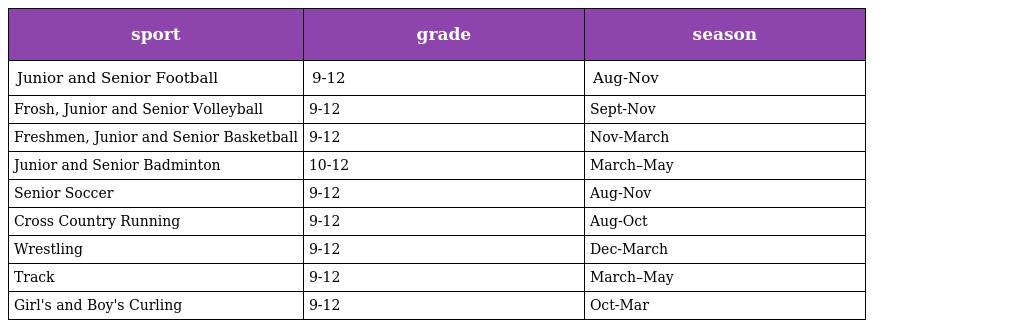
| sport | grade | season |
 | --- | --- | --- |
 | Junior and Senior Football | 9-12 | Aug-Nov |
 | Frosh, Junior and Senior Volleyball | 9-12 | Sept-Nov |
 | Freshmen, Junior and Senior Basketball | 9-12 | Nov-March |
 | Junior and Senior Badminton | 10-12 | March–May |
 | Senior Soccer | 9-12 | Aug-Nov |
 | Cross Country Running | 9-12 | Aug-Oct |
 | Wrestling | 9-12 | Dec-March |
 | Track | 9-12 | March–May |
 | Girl's and Boy's Curling | 9-12 | Oct-Mar |